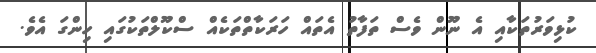
ކުޅިވަރުތަކާއި އެ ނޫން ވެސް ތަފާތު އެތައް ހަރަކާތްތަކެއް ސްކޫލްތަކުގައި ހިންގަ އެވެ.